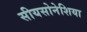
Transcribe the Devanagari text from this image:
सीयसोनेशिया